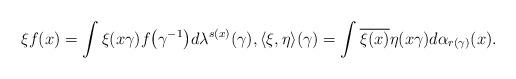
LaTeX: \begin{gather*}\xi f(x)=\int \xi(x\gamma)f\big(\gamma^{-1}\big)d\lambda^{s(x)}(\gamma),\langle\xi,\eta\rangle(\gamma)=\int \overline{\xi(x)} \eta(x\gamma) d\alpha_{r(\gamma)}(x).\end{gather*}